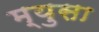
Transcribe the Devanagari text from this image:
म्युसा